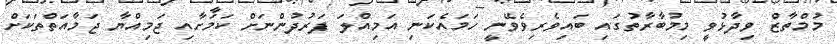
މުމްތާޒް ވިދާޅުވީ މިމުބާރާތުގައި ބައިވެރިވެވޭނީ ހަަމައެކަނި އަމިއްލަ ފަރުދުންނަށް ކަމަށާއި ޖަމިއްޔާ ޖަމާއަތްތަކަށް